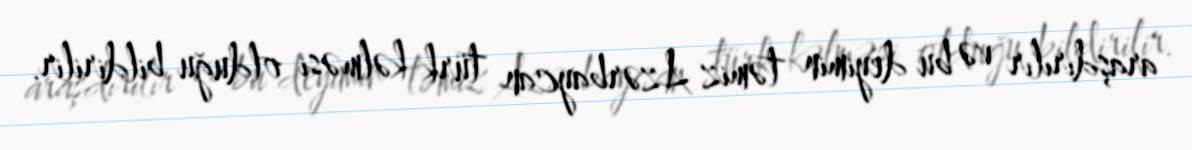
araşdırılır və bu deyimin təmiz Azərbaycan türk kəlməsi olduğu bildirilir.